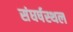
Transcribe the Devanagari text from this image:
संघर्षस्थल